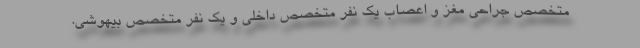
متخصص جراحی مغز و اعصاب یک نفر متخصص داخلی و یک نفر متخصص بیهوشی.